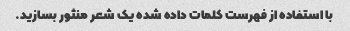
با استفاده از فهرست کلمات داده شده یک شعر منثور بسازید.